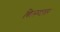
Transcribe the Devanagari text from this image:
बिल्ल्यावर